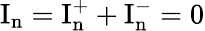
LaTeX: \mathrm{I_{n}}=\mathrm{I_{n}^{+}}+\mathrm{I_{n}^{-}}=0